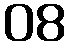
08